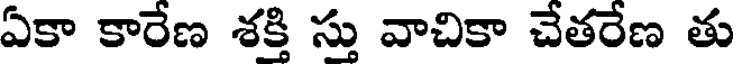
ఏకా కారేణ శక్తి స్తు వాచికా చేతరేణ తు